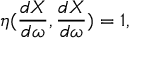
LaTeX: \eta ( \frac { d X } { d \omega } , \frac { d X } { d \omega } ) = 1 ,